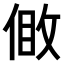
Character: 𠊹